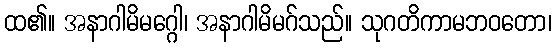
ထ၏။ အနာဂါမိမဂ္ဂေါ၊ အနာဂါမိမဂ်သည်။ သုဂတိကာမဘဝတော၊